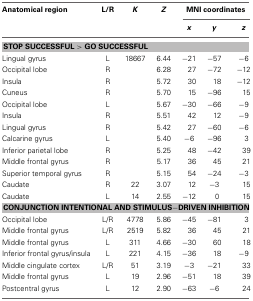
| Anatomical region | L/R | K | Z | <COLSPAN=3> MNI coordinates |
 |  |  |  |  | x | y | z |
 | --- | --- | --- | --- | --- | --- | --- |
 | <COLSPAN=7> STOP SUCCESSFUL > GO SUCCESSFUL |
 | Lingual gyrus | L | 18667 | 6.44 | −21 | −57 | −6 |
 | Occipital lobe | R |  | 6.28 | 27 | −72 | −12 |
 | Insula | R |  | 5.72 | 30 | 18 | −12 |
 | Cuneus | R |  | 5.70 | 15 | −96 | 15 |
 | Occipital lobe | L |  | 5.67 | −30 | −66 | −9 |
 | Insula | R |  | 5.51 | 42 | 12 | −9 |
 | Lingual gyrus | R |  | 5.42 | 27 | −60 | −6 |
 | Calcarine gyrus | L |  | 5.40 | −6 | −96 | 3 |
 | Inferior parietal lobe | R |  | 5.25 | 48 | −42 | 39 |
 | Middle frontal gyrus | R |  | 5.17 | 36 | 45 | 21 |
 | Superior temporal gyrus | R |  | 5.15 | 54 | −24 | −3 |
 | Caudate | R | 22 | 3.07 | 12 | −3 | 15 |
 | Caudate | L | 14 | 2.55 | −12 | 0 | 15 |
 | <COLSPAN=7> CONJUNCTION INTENTIONAL AND STIMULUS−DRIVEN INHIBITION |
 | Occipital lobe | L/R | 4778 | 5.86 | −45 | −81 | 3 |
 | Middle frontal gyrus | L/R | 2519 | 5.82 | 36 | 45 | 21 |
 | Middle frontal gyrus | L | 311 | 4.66 | −30 | 60 | 18 |
 | Inferior frontal gyrus/insula | L | 221 | 4.15 | −36 | 18 | −9 |
 | Middle cingulate cortex | L/R | 51 | 3.19 | −3 | −21 | 33 |
 | Middle frontal gyrus | L | 19 | 2.96 | −51 | 18 | 39 |
 | Postcentral gyrus | L | 12 | 2.90 | −63 | −6 | 24 |